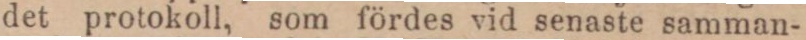
det protokoll, som fördes vid senaste samman-